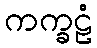
ကက္ခဠံ